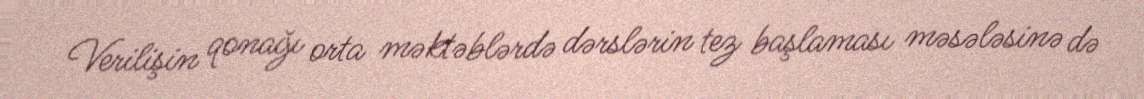
Verilişin qonağı orta məktəblərdə dərslərin tez başlaması məsələsinə də